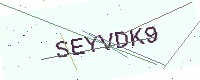
Text: SEYVDK9